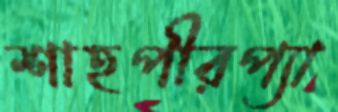
শাহপীরপ্যা